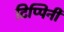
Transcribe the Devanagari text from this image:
टिप्पिनी